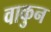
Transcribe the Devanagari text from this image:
वाकुन